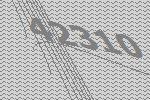
42310